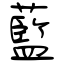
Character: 藍